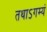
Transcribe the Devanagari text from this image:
तथाऽगम्यं